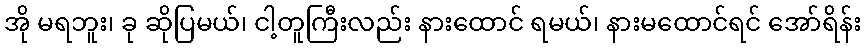
အို မရဘူး၊ ခု ဆိုပြမယ်၊ ငါ့တူကြီးလည်း နားထောင် ရမယ်၊ နားမထောင်ရင် အော်ရိန်း